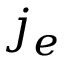
j _ { e }